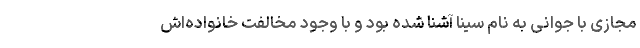
مجازی با جوانی به نام سینا آشنا شده بود و با وجود مخالفت خانواده‌اش